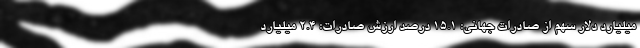
میلیارد دلار سهم از صادرات جهانی: 15.1 درصد ارزش صادرات: 2.4 میلیارد